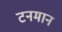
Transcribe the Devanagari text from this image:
टनमान